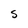
Character: S